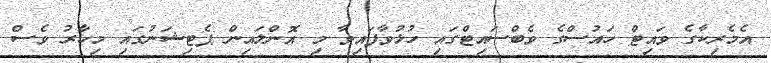
އެމެރިކާގެ ވައިޓް ހައުސްގެ ވެބްސައިޓްގައި ހުޅުވާފައިވާ މި އޮންލައިން ޕެޓިޝަނުގައި މިހާރު ވެސް